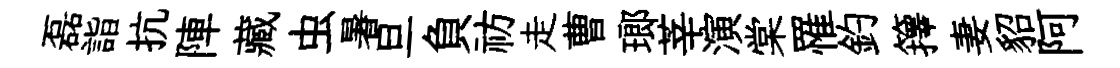
磊詣抗陣藏虫暑旦負祊走曹瑯莘演棠罹釣籜妻貂阿